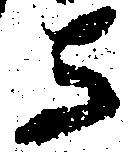
与